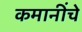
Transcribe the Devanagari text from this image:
कमानींचे